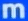
m